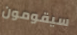
سيقومون